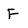
Character: F